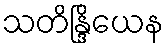
သတိန္ဒြိယေန